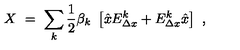
X \ = \ \sum _ { k } { \frac { 1 } { 2 } } \beta _ { k } \ \left[ { \hat { x } } E _ { \Delta x } ^ { k } + E _ { \Delta x } ^ { k } { \hat { x } } \right] \ ,